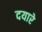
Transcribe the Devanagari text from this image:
दयारे